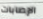
الإصابات